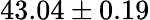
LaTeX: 43.04\pm 0.19